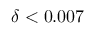
\delta < 0 . 0 0 7